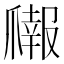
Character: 𬋳